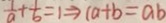
\frac { 1 } { a } + \frac { 1 } { b } = 1 \Rightarrow ( a + b = a b